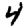
Digit: 4